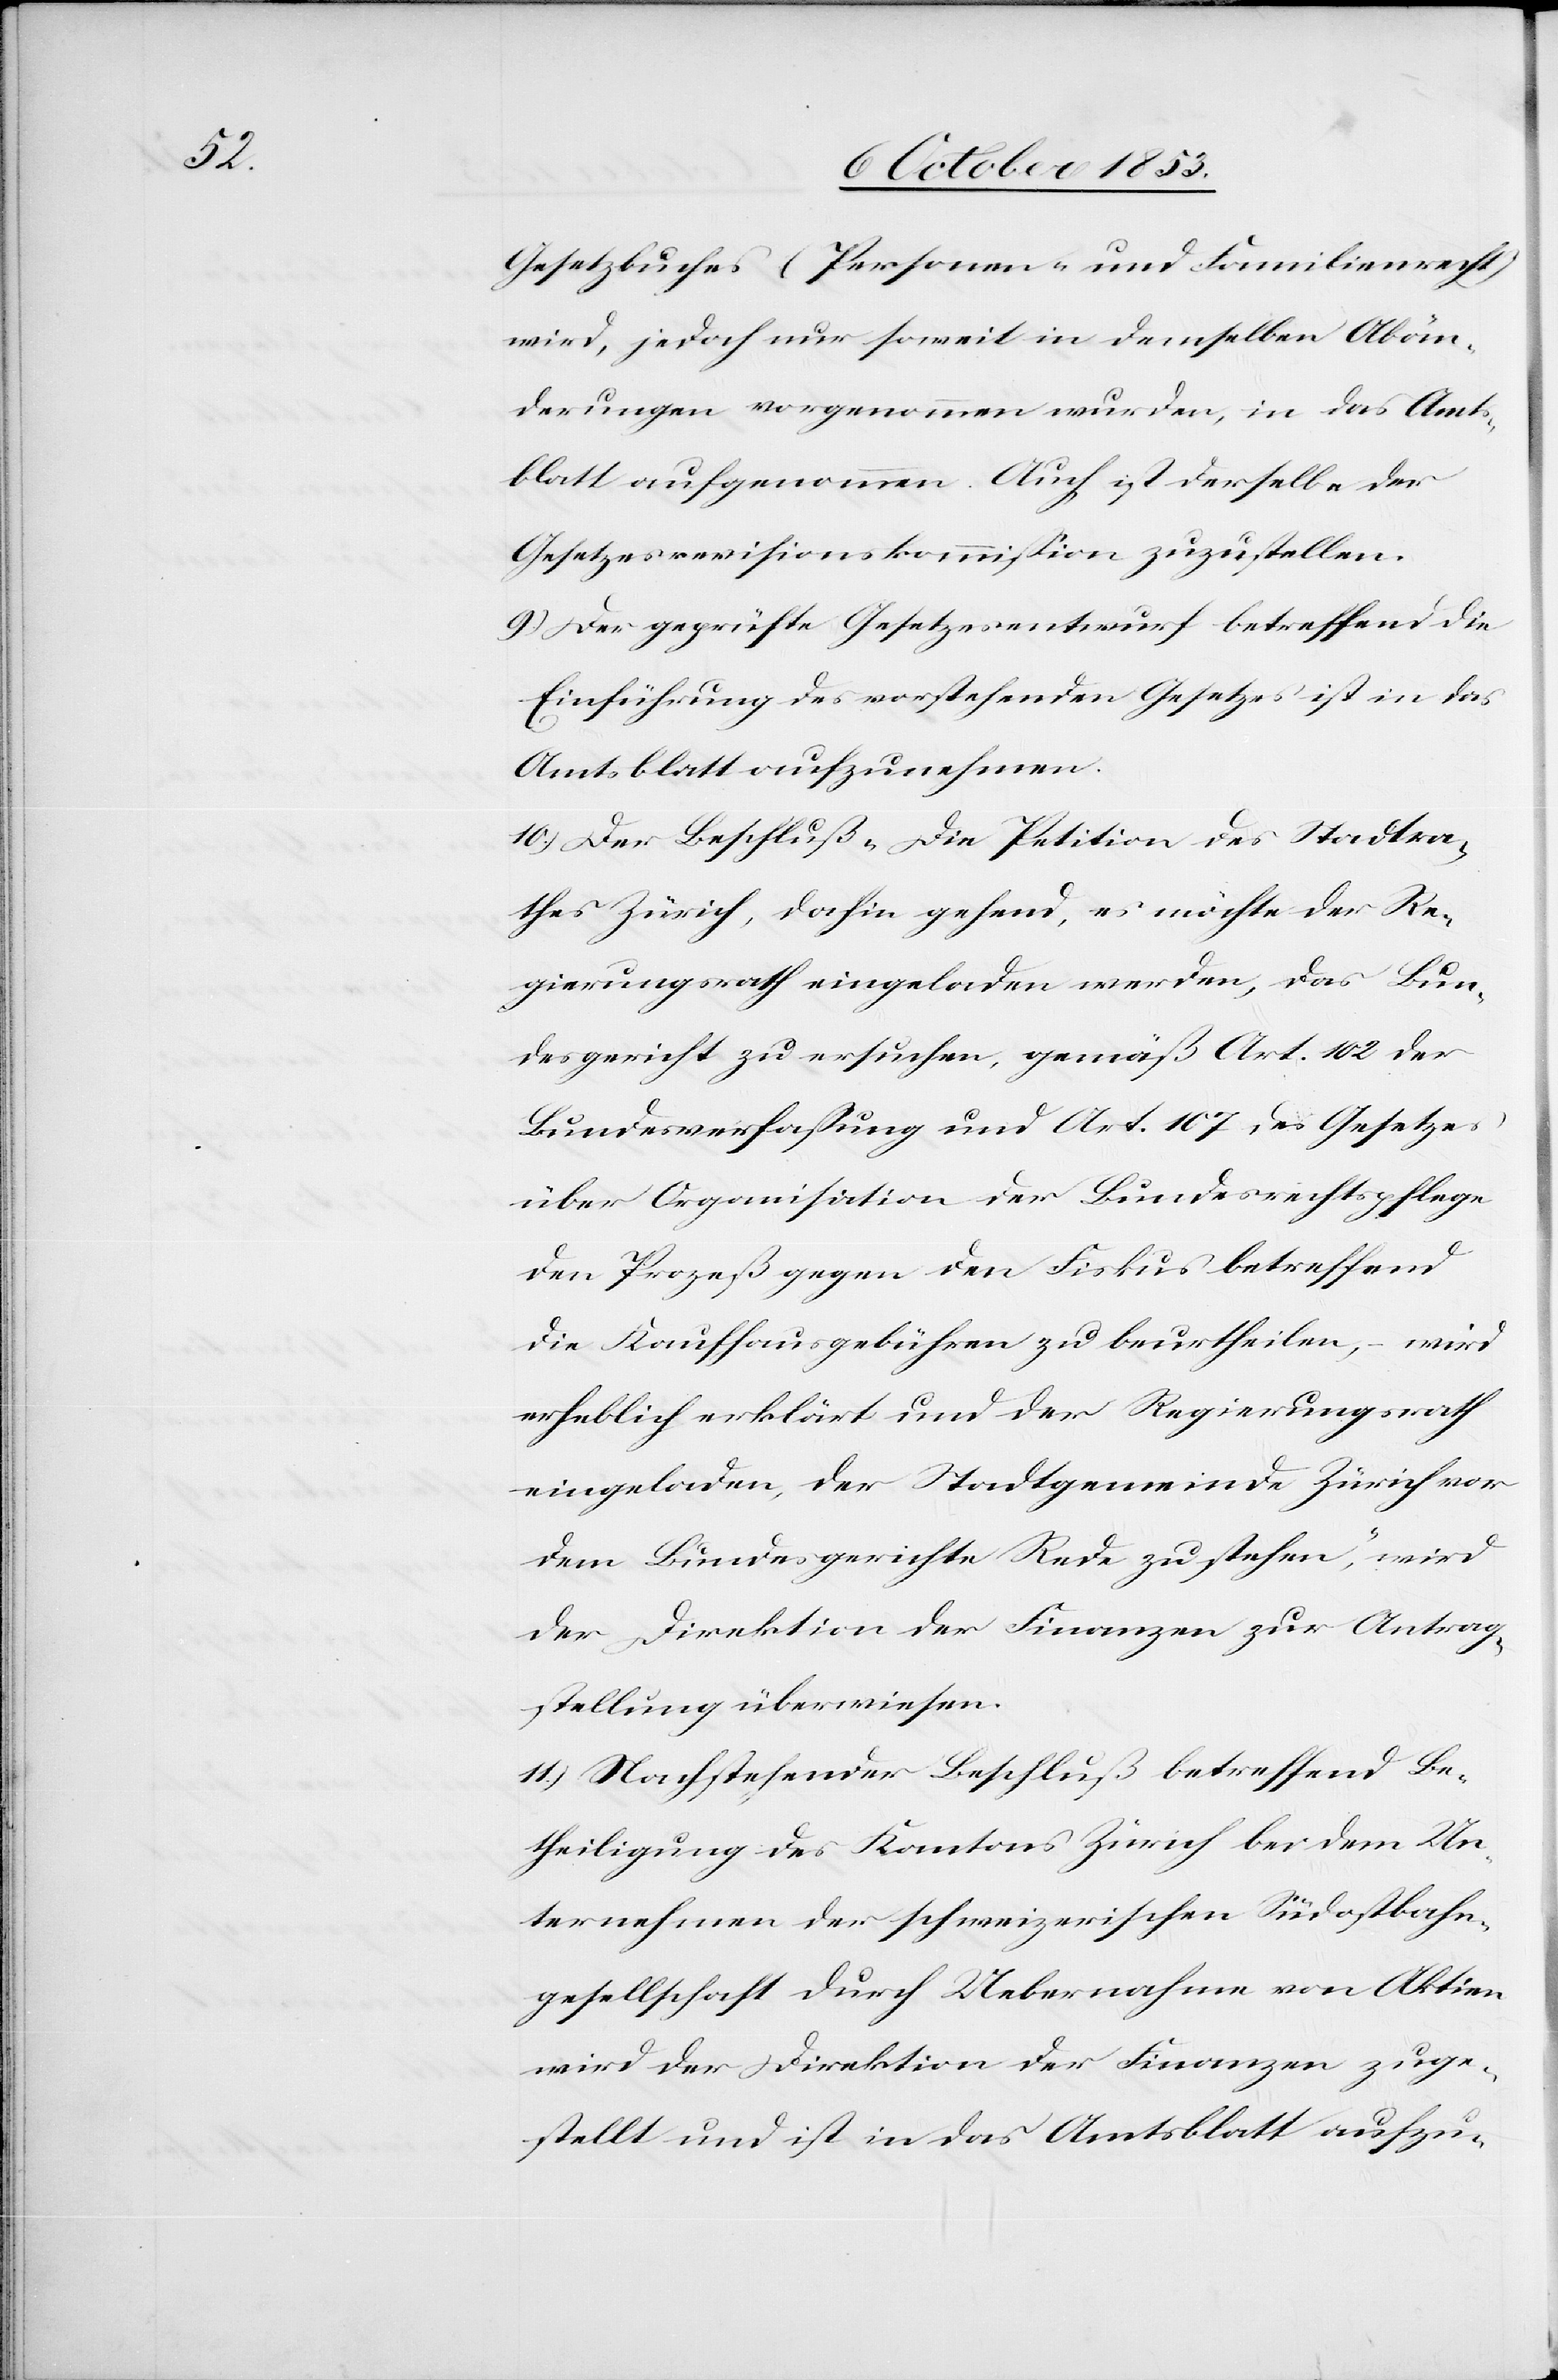
Gesetzesbuches (Personen- und Familienrecht)
wird, jedoch nur soweit in demselben Abän¬
derungen vorgenommen wurden, in das Amts¬
blatt aufgenommen. Auch ist derselbe der
Gesetzesrevisionskommißion zuzustellen.
9) Der geprüfte Gesetzesentwurf betreffend die
Einführung des vorstehenden Gesetzes ist in das
Amtsblatt aufzunehmen.
10.) Der Beschluß „Die Petition des Stadtra¬
thes Zürich, dahin gehend, es möchte der Re¬
gierungsrath eingeladen werden, das Bun¬
desgericht zu ersuchen, gemäß Art. 102 der
Bundesverfaßung und Art. 107 des Gesetzes
über Organisation der Bundesgerichtspflege
den Prozeß gegen den Fiskus betreffend
die Kaufhausgebühren zu beurtheilen, – wird
erheblich erklärt und der Regierungsrath
eingeladen, der Stadtgemeinde Zürich vor
dem Bundesgerichte Rede zu stehen“, wird
der Direktion der Finanzen zur Antrag¬
stellung überwiesen.
11.) Nachstehender Beschluß betreffend Be¬
theiligung des Kantons Zürich bei dem Un¬
ternehmen der schweizerischen Südostbahn¬
gesellschaft durch Uebernahme von Aktien
wird der Direktion der Finanzen zuge¬
stellt und ist in das Amtsblatt aufzu-